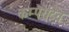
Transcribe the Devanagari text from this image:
कम्पैरेटिव